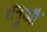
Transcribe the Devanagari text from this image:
शत्रुऔं